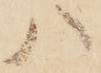
八